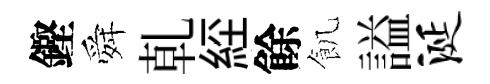
鏗舜乹𦀇餘飢謚涎